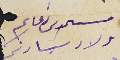
مسىمد دعاكم اولاد سَيادتكم